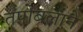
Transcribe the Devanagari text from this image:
तपोबलाने